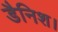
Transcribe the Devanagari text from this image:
डैनिश।